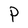
Character: P